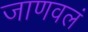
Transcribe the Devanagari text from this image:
जाणवलं